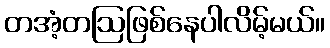
တအံ့တဩဖြစ်နေပါလိမ့်မယ်။